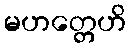
မဟတ္တေဟိ